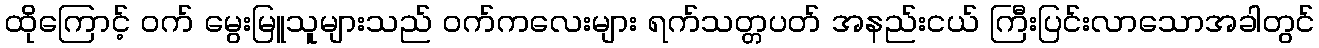
ထိုကြောင့် ဝက် မွေးမြူသူများသည် ဝက်ကလေးများ ရက်သတ္တပတ် အနည်းငယ် ကြီးပြင်းလာသောအခါတွင်